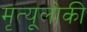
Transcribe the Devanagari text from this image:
मृत्यूलोकी